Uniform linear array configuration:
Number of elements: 12
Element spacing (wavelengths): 0.25
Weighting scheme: blackman
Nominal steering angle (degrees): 45
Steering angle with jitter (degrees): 46.056
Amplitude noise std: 0.05
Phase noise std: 0.05

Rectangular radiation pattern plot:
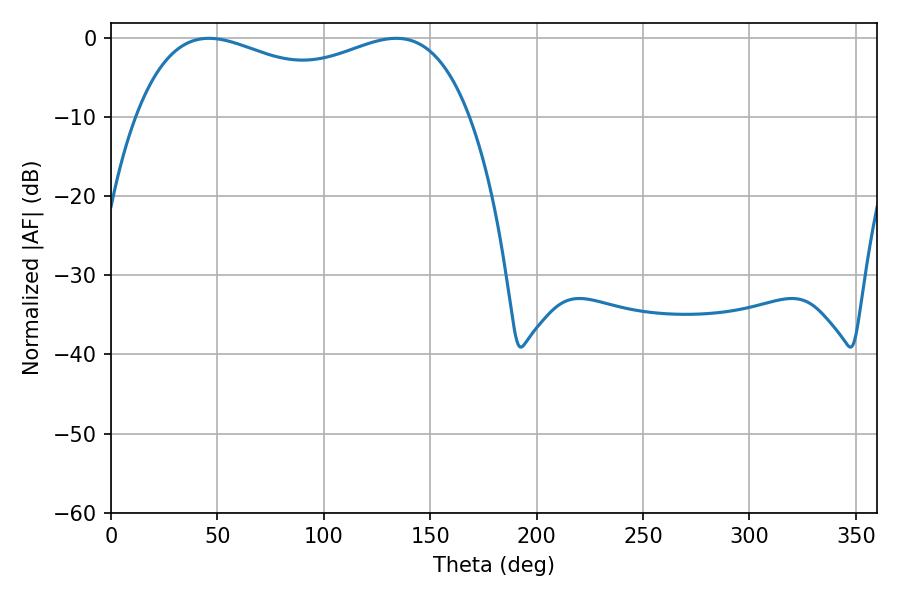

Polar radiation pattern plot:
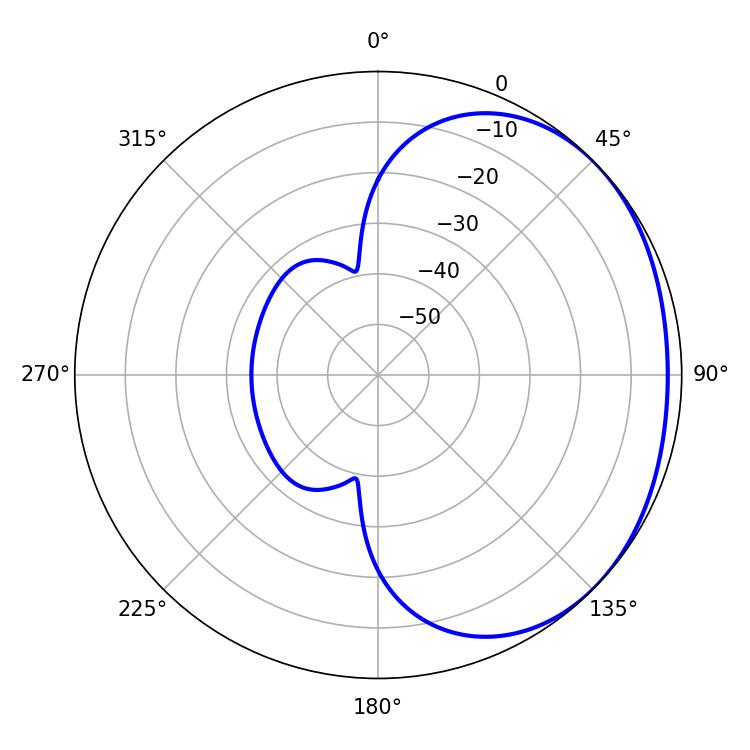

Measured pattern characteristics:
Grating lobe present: FALSE
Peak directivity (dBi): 1.541
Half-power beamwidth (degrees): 129.6
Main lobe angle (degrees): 46.08